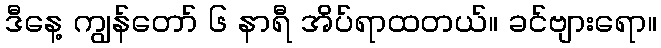
ဒီနေ့ ကျွန်တော် ၆ နာရီ အိပ်ရာထတယ်။ ခင်ဗျားရော။